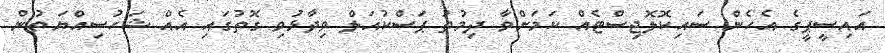
އައިސީޕީގެ އެހެން ސައިކޮލޮޖިސްޓެއް ކަމަށްވާ ދިމުތު ޕަސްކުއަލް ވިދާޅުވި ގޮތުގައި އެއް ޝަހުސިއްޔަތުން